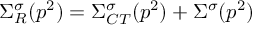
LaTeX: \Sigma _ { R } ^ { \sigma } ( p ^ { 2 } ) = \Sigma _ { C T } ^ { \sigma } ( p ^ { 2 } ) + \Sigma ^ { \sigma } ( p ^ { 2 } )